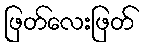
ဖြတ်လေးဖြတ်